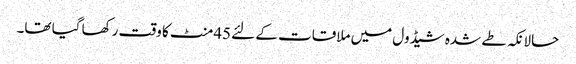
حالانکہ طے شدہ شیڈول میں ملاقات کے لئے 45منٹ کا وقت رکھا گیا تھا۔